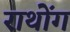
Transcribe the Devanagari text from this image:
राथोंग